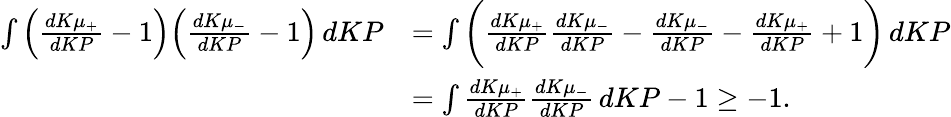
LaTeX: \begin{array}{rl}{\int\Big(\frac{dK\mu_{+}}{dKP}-1\Big)\Big(\frac{dK\mu_{-}}{dKP}-1\Big)\, dKP}&{=\int\bigg(\frac{dK\mu_{+}}{dKP}\frac{dK\mu_{-}}{dKP}-\frac{dK\mu_{-}}{dKP}-\frac{dK\mu_{+}}{dKP}+1\bigg)\, dKP}\\ &{=\int\frac{dK\mu_{+}}{dKP}\frac{dK\mu_{-}}{dKP}\, dKP-1\geq-1.}\end{array}